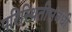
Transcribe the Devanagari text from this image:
परिस्थितीसंबंधी